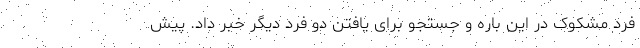
فرد مشکوک در این باره و جستجو برای یافتن دو فرد دیگر خبر داد. پیش